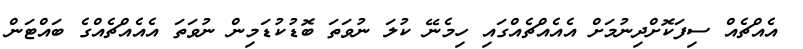
އެއްޗެއް ސިފަކޮށްދިނުމަށް އެއެއްޗެއްގައި ހިމެނޭ ކުލަ ނުވަތަ ބޮޑުކުޑަމިން ނުވަތަ އެއެއްޗެއްގެ ބައްޓަން